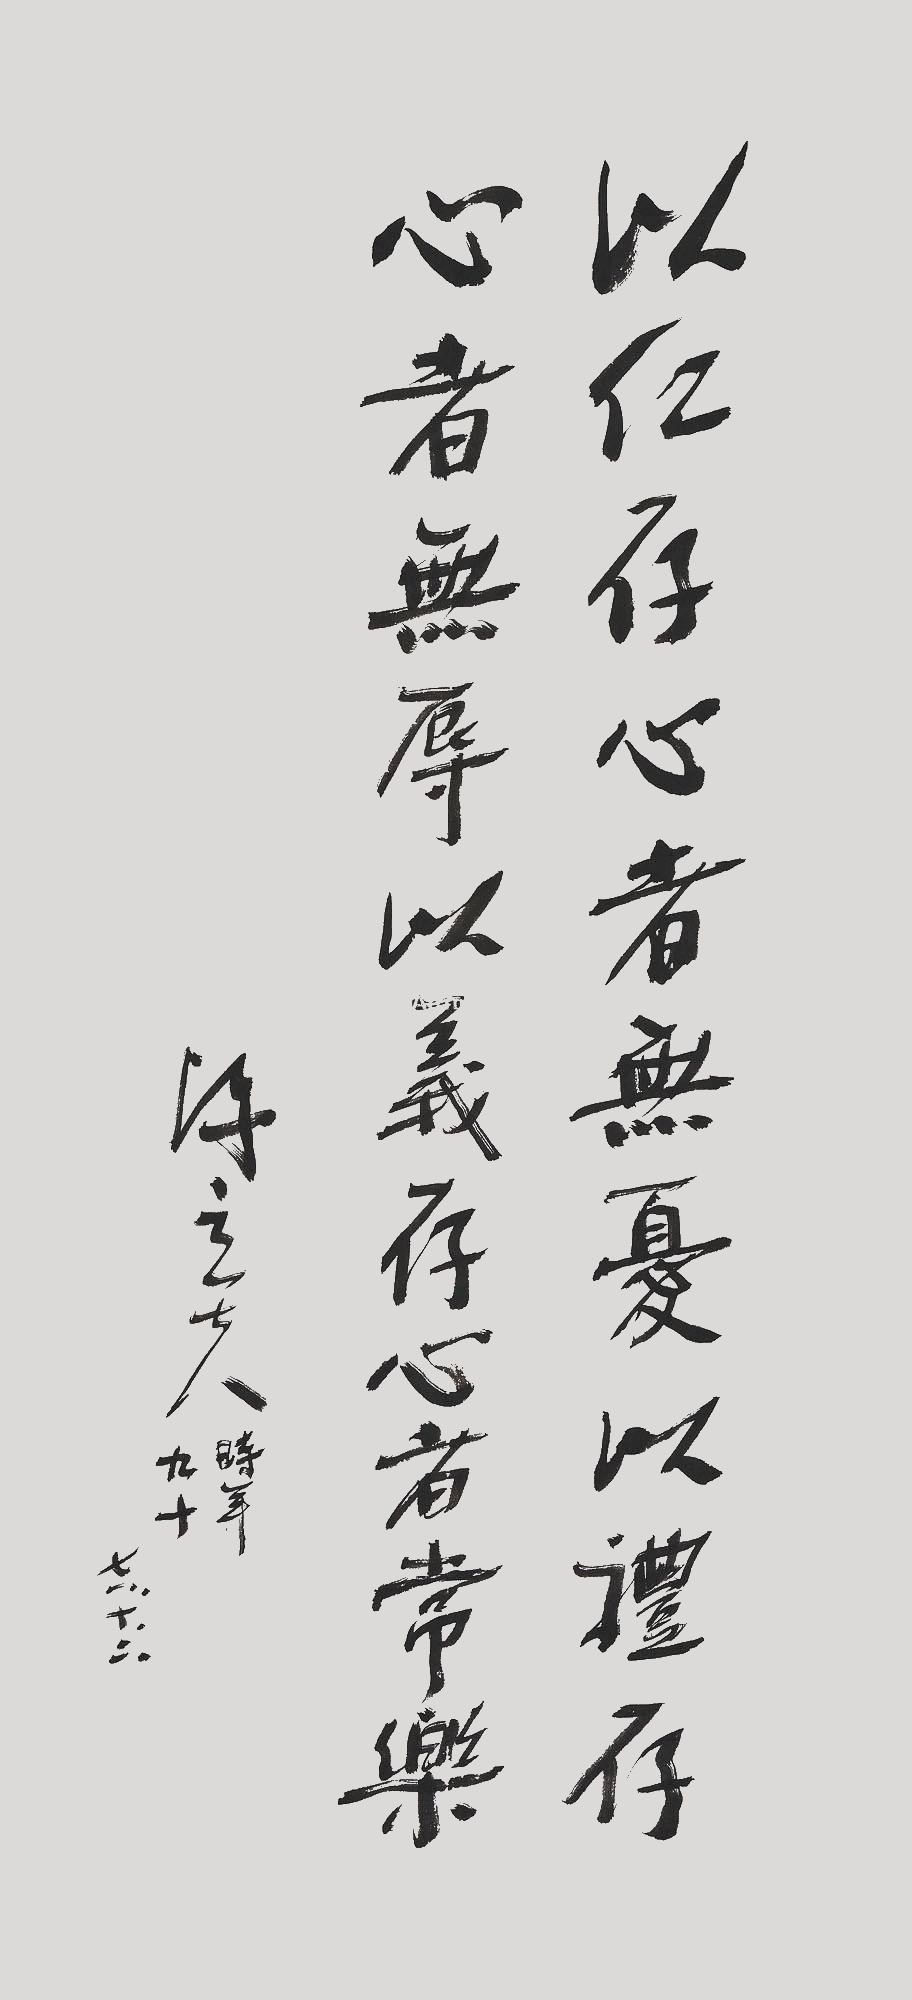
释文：以仁存心者无忧，以礼存心者无辱，以义存心者常乐。陈立夫时年九十。七一（1982年），十，六。